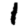
Digit: 1